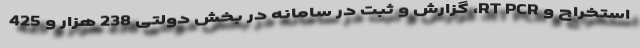
استخراج و RT PCR، گزارش و ثبت در سامانه در بخش دولتی 238 هزار و 425